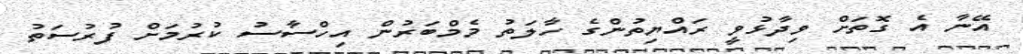
އޭނާ އެ ގޮތަށް ވިދާޅުވީ ރައްޔިތުންގެ ހާލަތު މެމްބަރުން އިހްސާސު ކުރުމަށް ފުރުސަތު